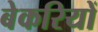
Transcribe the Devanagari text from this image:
बेकरियों